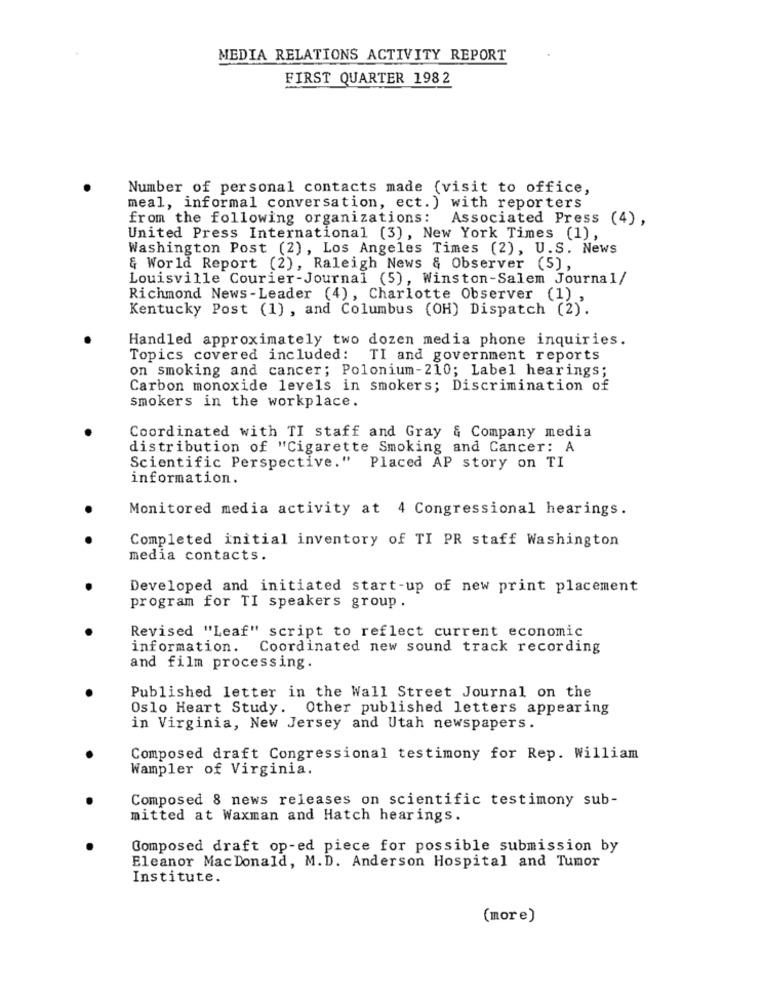
MEDIA RELATIONS ACTIVITY REPORT
FIRST QUARTER 1982
Number of personal contacts made (visit to office,
meal, informal conversation, ect. ) with reporters
from the following organizations:
Associated Press (4) ,
United Press International (3), New York Times (1),
Washington Post (2), Los Angeles Times (2), U.S. News
& World Report (2), Raleigh News & Observer (5),
Louisville Courier-Journal (5), Winston-Salem Journal/
Richmond News -Leader (4), Charlotte Observer (1)
Kentucky Post (1) , and Columbus (OH) Dispatch (2).
Handled approximately two dozen media phone inquiries.
Topics covered included: TI and government reports
on smoking and cancer; Polonium-210; Label hearings;
Carbon monoxide levels in smokers; Discrimination of
smokers in the workplace.
Coordinated with TI staff and Gray & Company media
distribution of "Cigarette Smoking and Cancer: A
Scientific Perspective." Placed AP story on TI
information.
Monitored media activity at 4 Congressional hearings.
Completed initial inventory of TI PR staff Washington
media contacts.
Developed and initiated start-up of new print placement
program for TI speakers group .
Revised "Leaf" script to reflect current economic
information. Coordinated new sound track recording
and film processing.
Published letter in the Wall Street Journal on the
Oslo Heart Study. Other published letters appearing
in Virginia, New Jersey and Utah newspapers.
Composed draft Congressional testimony for Rep. William
Wampler of Virginia.
Composed 8 news releases on scientific testimony sub-
mitted at Waxman and Hatch hearings.
Composed draft op-ed piece for possible submission by
Eleanor Mac Donald, M.D. Anderson Hospital and Tumor
Institute.
(more)